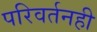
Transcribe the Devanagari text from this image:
परिवर्तनही